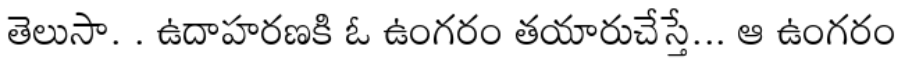
తెలుసా. . ఉదాహరణకి ఓ ఉంగరం తయారుచేస్తే... ఆ ఉంగరం